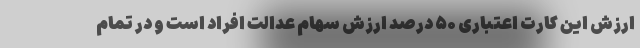
ارزش این کارت اعتباری ۵۰ درصد ارزش سهام عدالت افراد است و در تمام